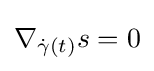
\nabla _{{\dot {\gamma }}(t)}s=0